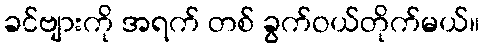
ခင်ဗျားကို အရက် တစ် ခွက်ဝယ်တိုက်မယ်။